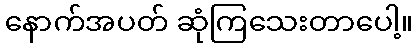
နောက်အပတ် ဆုံကြသေးတာပေါ့။